Annual report on the working of the lock hospitals in the North-Western Provinces and Oudh
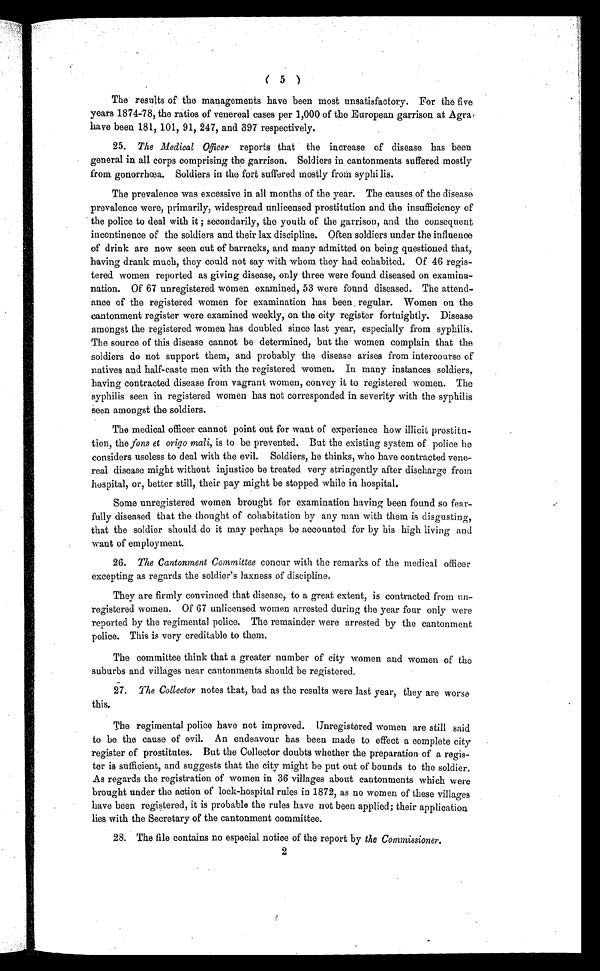
( 5 )
The results of the managements have been most unsatisfactory. For the five
years 1874-78, the ratios of venereal cases per 1,000 of the European garrison at Agra,
have been 181, 101, 91, 247, and 397 respectively.
25 . The Medical Officer reports that the increase of disease has been
general in all corps comprising the garrison. Soldiers in cantonments suffered mostly
from gonorrhœa. Soldiers in the fort suffered mostly froth syphi lis.
The prevalence was excessive in all months of the year. The causes of the disease
prevalence were, primarily, widespread unlicensed prostitution and the insufficiency of
the police to deal with it ; secondarily, the youth of the garrison, and the consequent
incontinence of the soldiers and their lax discipline. Often soldiers under the influence
of drink are now seen cut of barracks, and many admitted on being questioned that,
having drank much, they could not say with whom they had cohabited. Of 46 regis-
tered women reported as giving disease, only three were found diseased on examina-
nation. Of 67 unregistered women examined, 53 were found diseased. The attend-
ance of the registered women for examination has been, regular. Women on the
cantonment register were examined weekly, on the city register fortnightly. Disease
amongst the registered women has doubled since last year, especially from syphilis.
The source of this disease cannot be determined, but the women complain that the
soldiers do not support them, and probably the disease arises from intercourse of
natives and half-caste men with the registered women. In many instances soldiers,
having contracted disease from vagrant women, convey it to registered women. The
syphilis seen in registered women has not corresponded in severity with the syphilis
Seen amongst the soldiers.
The medical officer cannot point out for want of experience how illicit prostitu-
tion, the fons et origo mali , is to be prevented. But the existing system of police he
considers useless to deal with the evil. Soldiers, he thinks, who have contracted vene-
real disease might without injustice be treated very stringently after discharge from
hospital, or, better still, their pay might be stopped while in hospital.
Some unregistered women brought for examination having been found so fear-
fully diseased that the thought of cohabitation by any man with them is disgusting,
that the soldier should do it may perhaps be accounted for by his high living and
want of employment.
26. The Cantonment Committee concur with the remarks of the medical officer
excepting as regards the soldier's laxness of discipline.
They are firmly convinced that disease, to a great extent, is contracted from tin-
registered women. Of 67 unlicensed women arrested during the year four only were
reported by the regimental police. The remainder were arrested by the cantonment
police. This is very creditable to them.
The committee think that a greater number of city women and women of the
suburbs and villages near cantonments should be registered.
27. The Collector notes that, bad as the results were last year, they are worse
this.
The regimental police have not improved. Unregistered women are still said
to be the cause of evil. An endeavour has been made to effect a complete city
register of prostitutes. But the Collector doubts whether the preparation of a regis-
ter is sufficient, and suggests that the city might be put out of bounds to the soldier.
As regards the registration of women in 36 villages about cantonments which were
brought under the action of lock-hospital rules in 1872, as no women of these villages
have been registered, it is probable the rules have not been applied; their application
lies with the Secretary of the cantonment committee.
28. The file contains no especial notice of the report by the Commissioner
.
2